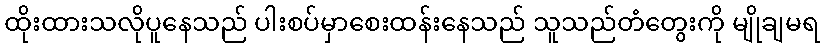
ထိုးထားသလိုပူနေသည် ပါးစပ်မှာစေးထန်းနေသည် သူသည်တံတွေးကို မျိုချမရ